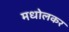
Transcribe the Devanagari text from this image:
मधोलकर